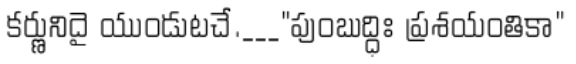
కర్ణునిదై యుండుటచే.___"పుంబుద్ధిః ప్రశయంతికా"